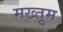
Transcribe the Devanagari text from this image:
मख्तुूम